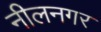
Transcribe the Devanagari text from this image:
नीलनगर